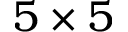
5 \times 5